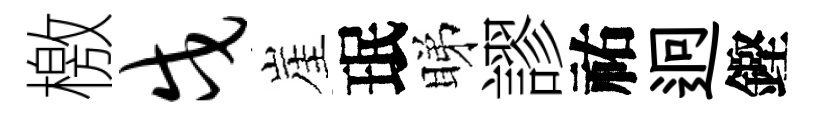
檄戍崖珉睇謬祐迥鏗